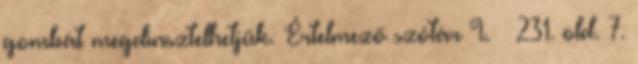
gombát megdinsztelhetjük. Értelmező szótár I. 231. old. 7.